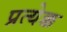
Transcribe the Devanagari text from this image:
प्रत्येक्क